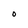
Character: O